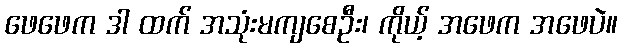
ဖေဖေက ဒါ ထက် အသုံးမကျစေဦး၊ ကိုယ့် အဖေက အဖေပဲ။